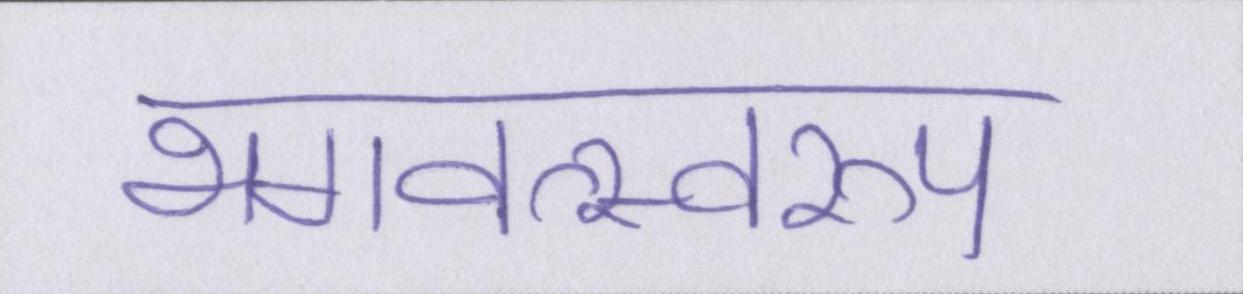
भगवत्स्वरूप